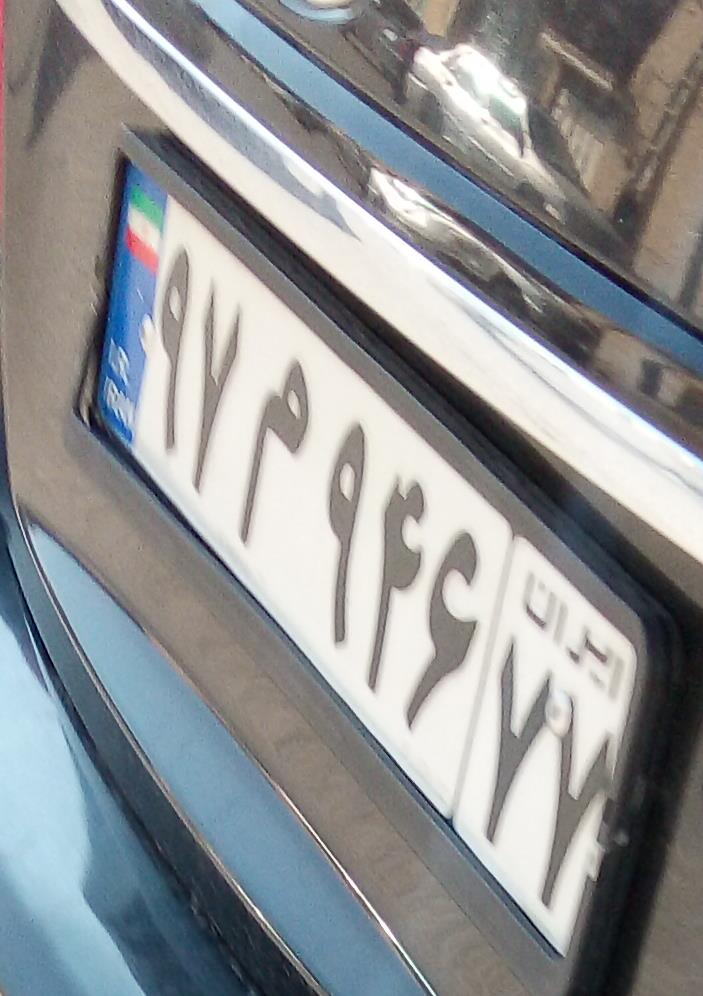
۹۷م۹۴۶۷۷